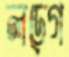
লড়্গে